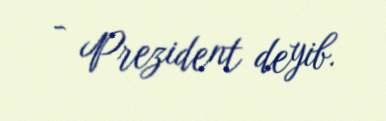
- Prezident deyib.